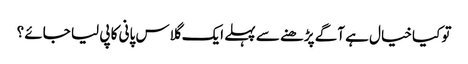
تو کیا خیال ہے آگے پڑھنے سے پہلے ایک گلاس پانی کا پی لیا جائے ؟